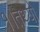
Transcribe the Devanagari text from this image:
१।तथ्यों